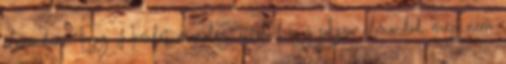
elmondani. Egy Hamlet-monológ, attól, hogy sokszor elmondod, még nem